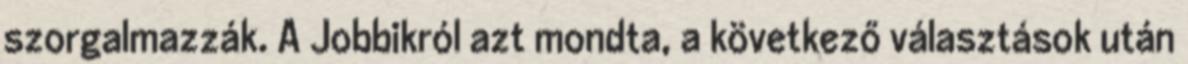
szorgalmazzák. A Jobbikról azt mondta, a következő választások után